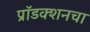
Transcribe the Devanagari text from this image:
प्रॉडक्शनचा